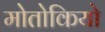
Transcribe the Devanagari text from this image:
मोतोकियो